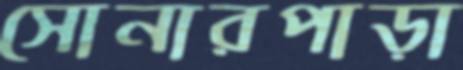
সোনারপাড়া